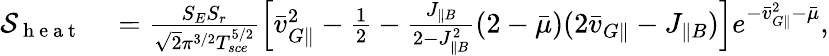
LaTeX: \begin{array}{rl}{\mathcal{S}_{\mathrm{~h~e~a~t~}}}&{{}=\frac{S_{E}S_{r}}{\sqrt{2}\pi^{3/2}T_{sce}^{5/2}}\Big[\bar{v}_{G\parallel}^{2}-\frac{1}{2}-\frac{J_{\parallel B}}{2-J_{\parallel B}^{2}}(2-\bar{\mu})(2\bar{v}_{G\parallel}-J_{\parallel B})\Big]e^{-\bar{v}_{G\parallel}^{2}-\bar{\mu}},}\end{array}